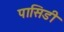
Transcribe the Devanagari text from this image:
पासिडी